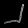
Digit: ၂